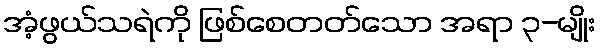
အံ့ဖွယ်သရဲကို ဖြစ်စေတတ်သော အရာ ၃-မျိုး